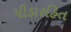
પીડારહિત